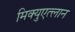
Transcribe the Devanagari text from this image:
मिक्युएत्लान